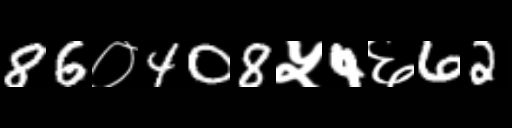
Text: 86०408५4६62